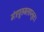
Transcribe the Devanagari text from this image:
मंत्रपूतजलाप्लुतः।